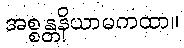
အစ္စန္တနိယာမကထာ။